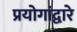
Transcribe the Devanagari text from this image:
प्रयोगांद्वारे